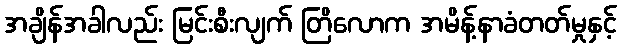
အချိန်အခါလည်း မြင်းစီးလျက် တြိလောက အမိန့်နာခံတတ်မှုနှင့်